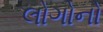
લોગોનો